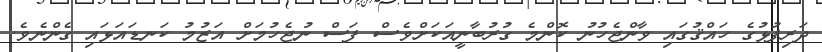
ދަރިފުޅުގެ ހައްޤުގައި ވާންޖެހުނު ކޮންމެ ގުރުބާނީއަކަށްވެސް ފަސް ނުޖެހުމަށް އަޒުމު ކަނޑައަޅައި ގެންނެވެ.